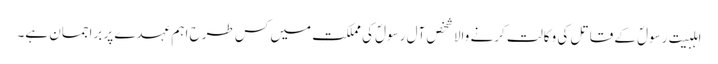
اہلبیت رسولؐ کے قاتل کی وکالت کرنے والا شخص آل رسولؐ کی مملکت میں کس طرح اہم عہدے پر براجمان ہے۔